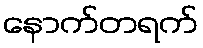
နောက်တရက်